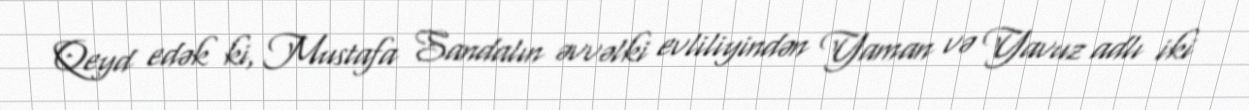
Qeyd edək ki, Mustafa Sandalın əvvəlki evliliyindən Yaman və Yavuz adlı iki